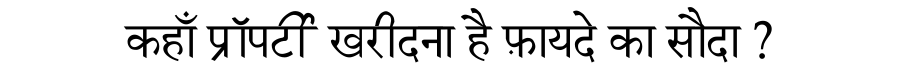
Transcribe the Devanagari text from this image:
कहाँ प्रॉपर्टी खरीदना है फ़ायदे का सौदा ?